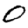
Digit: 0